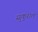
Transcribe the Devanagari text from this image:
सुकुरात